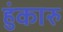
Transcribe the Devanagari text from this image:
हुंकारु